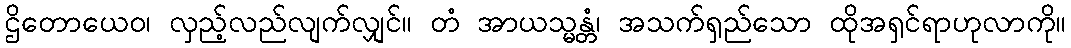
ဌိတောယေဝ၊ လှည့်လည်လျက်လျှင်။ တံ အာယသ္မန္တံ၊ အသက်ရှည်သော ထိုအရှင်ရာဟုလာကို။